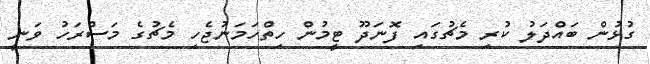
ގުޅުން ބައްދަލު ކުރި މެޗުގައި ފޮނަދޫ ޓީމުން ހިތްހަމަނުޖެހި މެޗުގެ މަސްރަހު ވަނީ